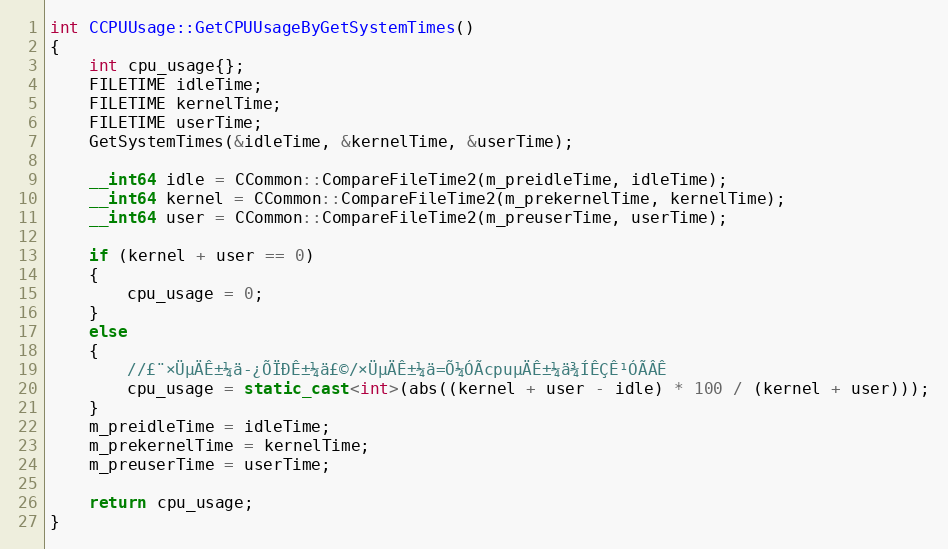
Language: C++
int CCPUUsage::GetCPUUsageByGetSystemTimes()
{
	int cpu_usage{};
	FILETIME idleTime;
	FILETIME kernelTime;
	FILETIME userTime;
	GetSystemTimes(&idleTime, &kernelTime, &userTime);

	__int64 idle = CCommon::CompareFileTime2(m_preidleTime, idleTime);
	__int64 kernel = CCommon::CompareFileTime2(m_prekernelTime, kernelTime);
	__int64 user = CCommon::CompareFileTime2(m_preuserTime, userTime);

	if (kernel + user == 0)
	{
		cpu_usage = 0;
	}
	else
	{
		//£¨×ÜµÄÊ±¼ä-¿ÕÏÐÊ±¼ä£©/×ÜµÄÊ±¼ä=Õ¼ÓÃcpuµÄÊ±¼ä¾ÍÊÇÊ¹ÓÃÂÊ
		cpu_usage = static_cast<int>(abs((kernel + user - idle) * 100 / (kernel + user)));
	}
	m_preidleTime = idleTime;
	m_prekernelTime = kernelTime;
	m_preuserTime = userTime;

	return cpu_usage;
}